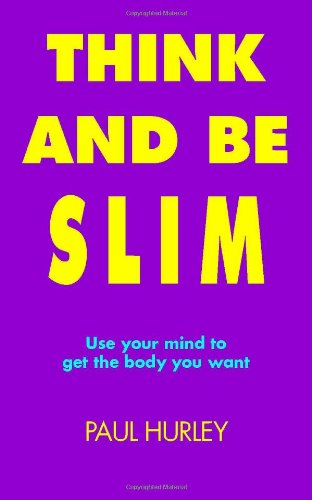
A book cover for Think And Be Slim; Paul Hurley; Health, Fitness & Dieting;